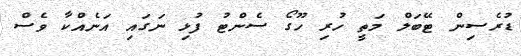
ޑުރެސިން ޓޭބަލް މަތީ ހުރި ހޫގޯ ސެންޓު ފުޅި ނަގައި އަނެއްކާ ވެސް